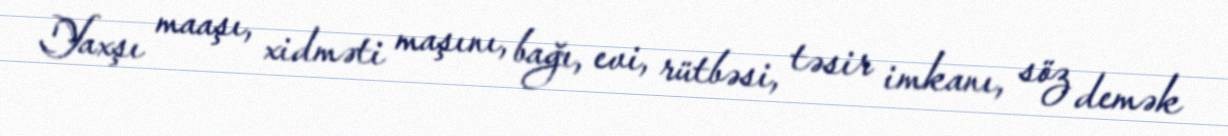
Yaxşı maaşı, xidməti maşını, bağı, evi, rütbəsi, təsir imkanı, söz demək